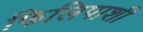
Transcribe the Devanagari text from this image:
फिलिपाशी